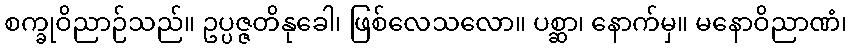
စက္ခုဝိညာဉ်သည်။ ဥပ္ပဇ္ဇတိနုခေါ၊ ဖြစ်လေသလော။ ပစ္ဆာ၊ နောက်မှ။ မနောဝိညာဏံ၊